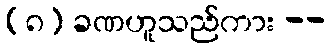
(၈) ခဏဟူသည်ကား --